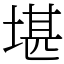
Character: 堪